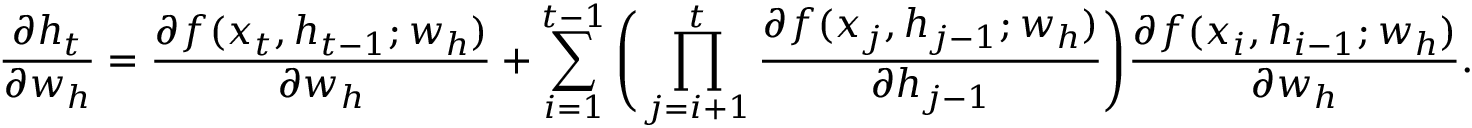
\frac { \partial h _ { t } } { \partial w _ { h } } = \frac { \partial f ( x _ { t } , h _ { t - 1 } ; w _ { h } ) } { \partial w _ { h } } + \sum _ { i = 1 } ^ { t - 1 } \Bigg ( \prod _ { j = i + 1 } ^ { t } \frac { \partial f ( x _ { j } , h _ { j - 1 } ; w _ { h } ) } { \partial h _ { j - 1 } } \Bigg ) \frac { \partial f ( x _ { i } , h _ { i - 1 } ; w _ { h } ) } { \partial w _ { h } } .